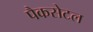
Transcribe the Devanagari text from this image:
पैकसेटल